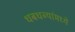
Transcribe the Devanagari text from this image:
धबधब्यांमध्ये